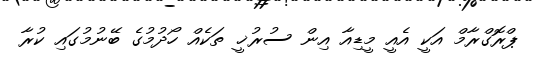
ޕްރޮގްރާމް އަކީ އެއީ މީޑިއާ އިން ސުރުޚީ ތަކެއް ހޯދުމުގެ ބޭނުމުގައި ކުރާ